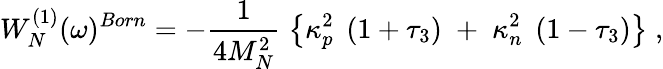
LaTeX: W_{N}^{(1)}(\omega)^{Born}=-\frac{1}{4M_{N}^{2}}\; \left\{ \kappa_{p}^{2}\; \left(1+\tau_{3}\right)\; +\; \kappa_{n}^{2}\; \left(1-\tau_{3}\right)\right\} \; ,